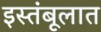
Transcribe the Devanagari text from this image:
इस्तंबूलात